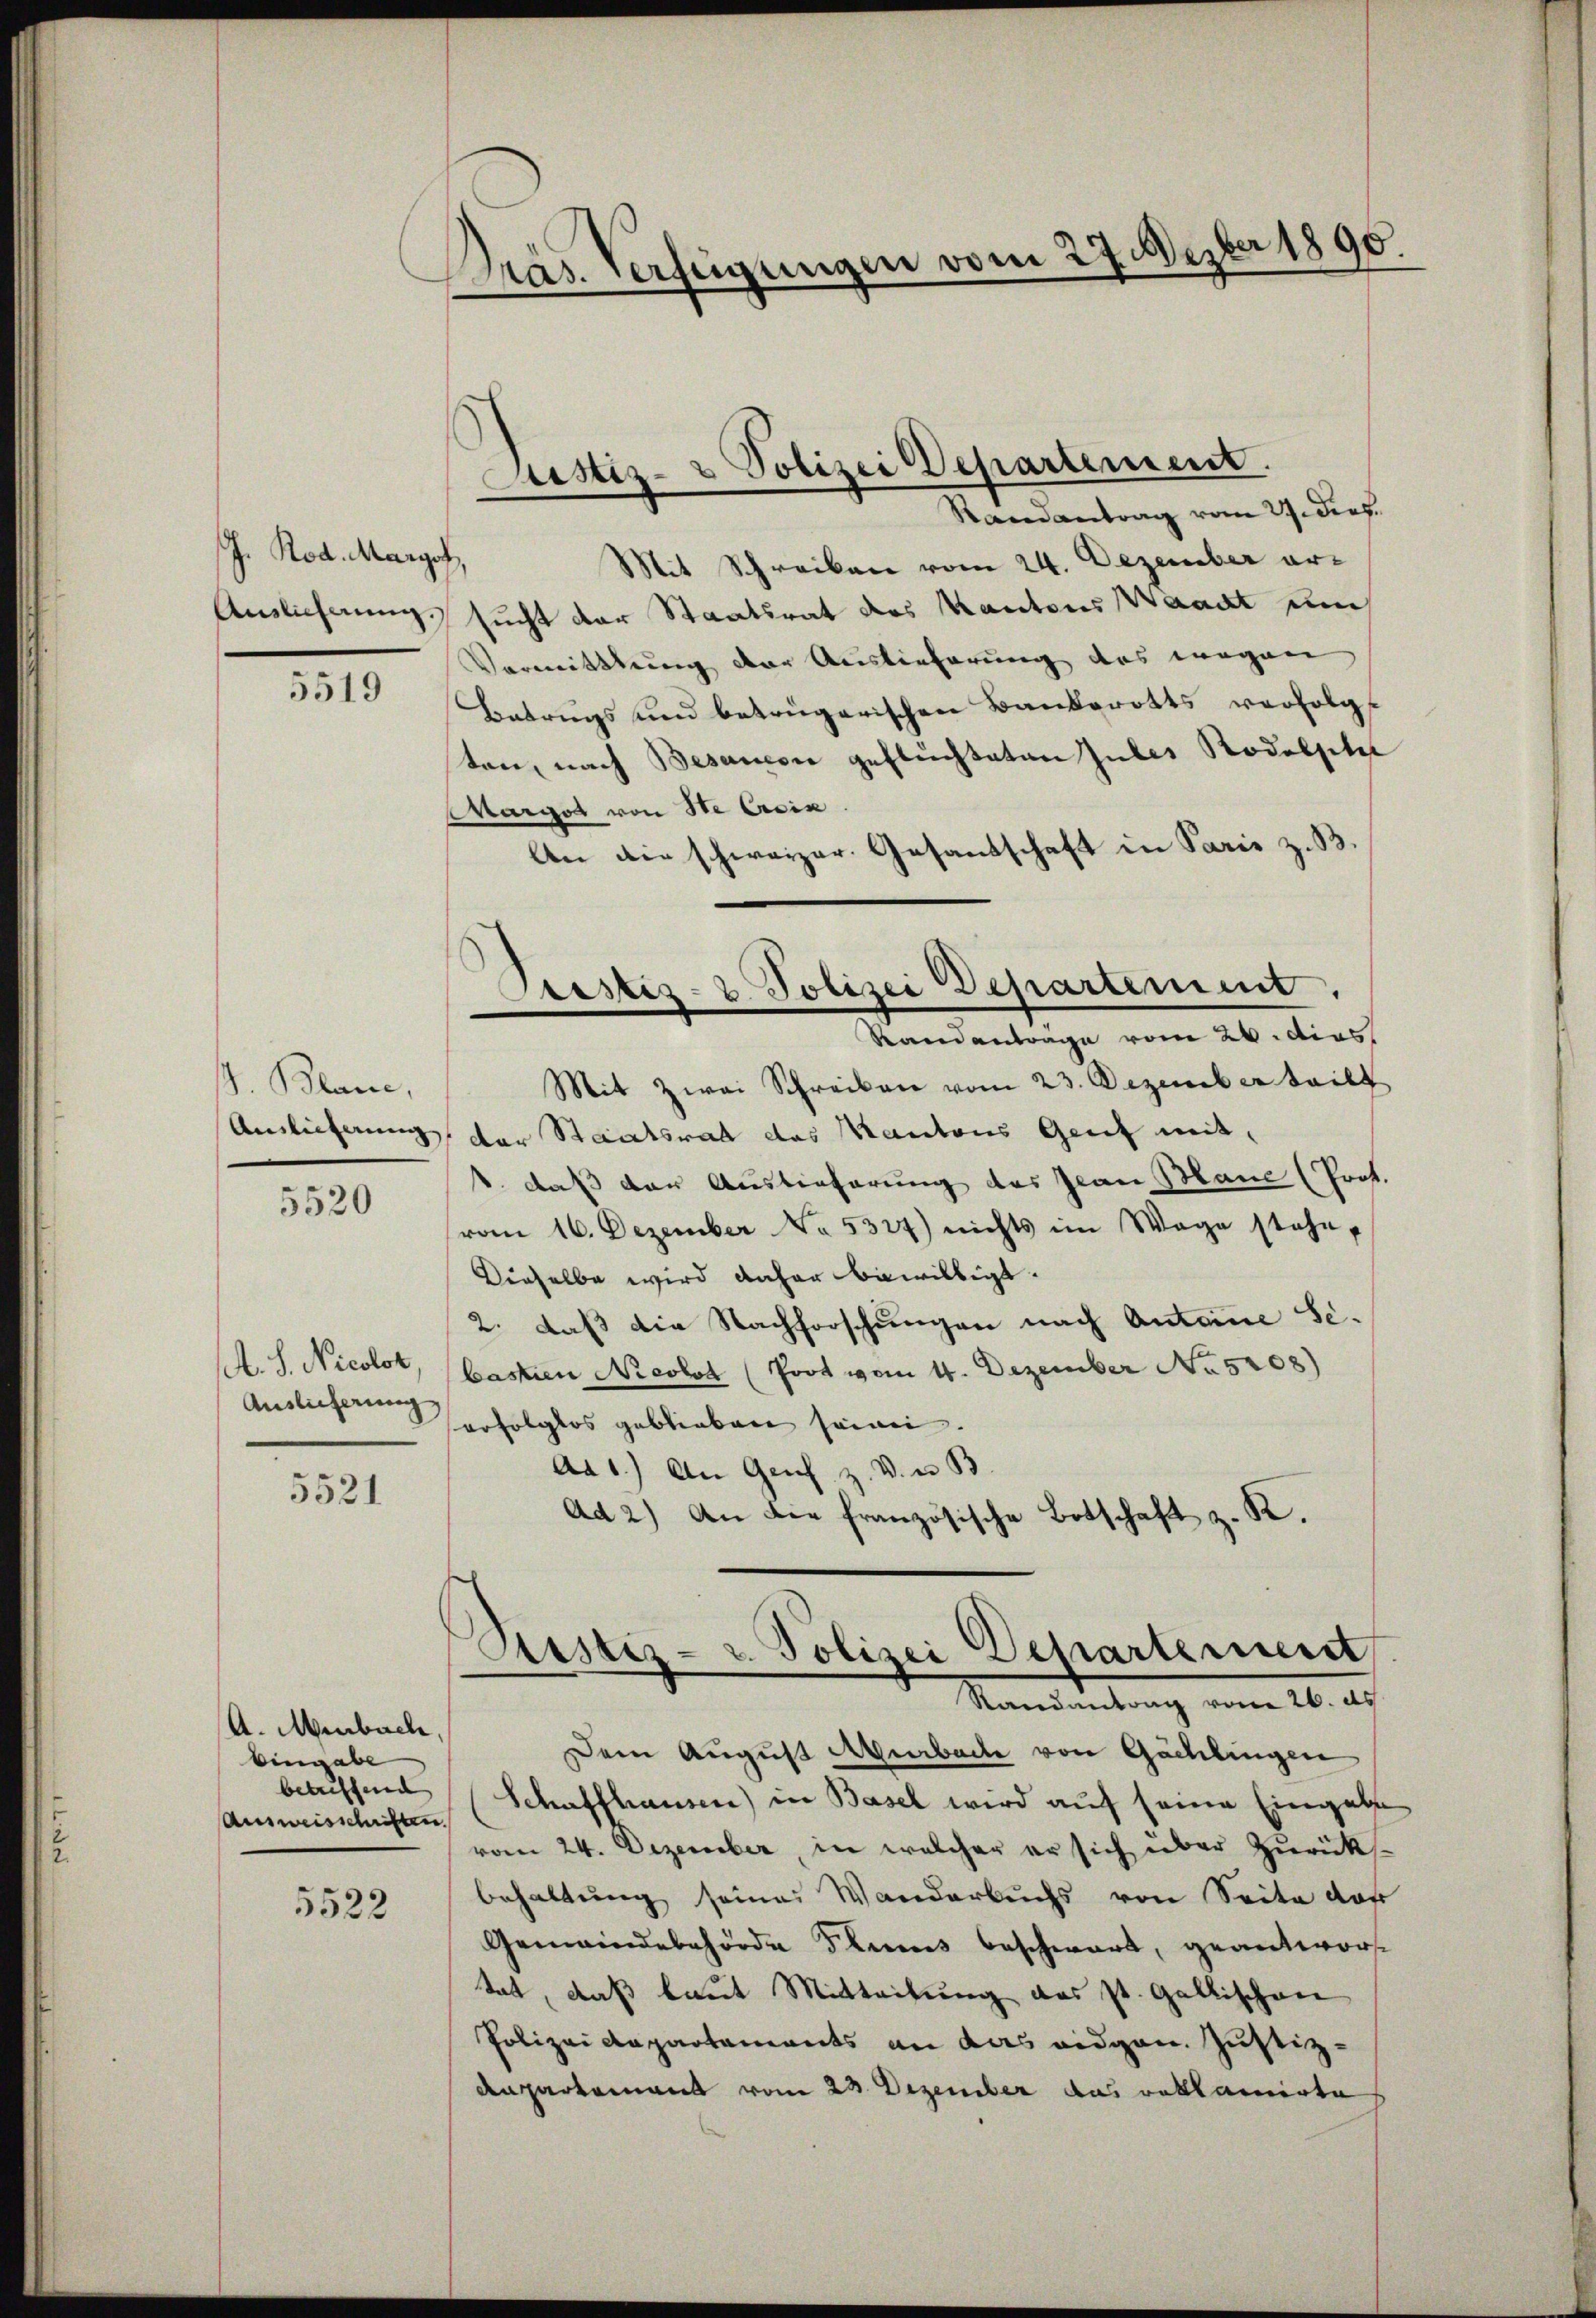
J. Rod. Margof,
Auslichnung.

5519

J. Blanc,
Auslieferung

5520

A. S. Nicolot
Auslicherung

5521

A. Ambach
Eingabe
betreffend |
Ausweisschriften.

5522

Präs. verfeigungen vom 27. Neuber 1890.
e

Justiz- & Polizei Departement.
Ramantrag vom 27. dies

Mit Schreiben vom 24. Dezember arsucht der Staatsrat des Kantons Waadt um
Vormittlung der Auslieferung des wegen
Betrugs und betrügerischen Bankerotts verfolg
ten, nach Besanen geflüchteten Jules Rodolstel
Wargot von Ste Casin
An die schweizer. Gesandschaft in Paris z. B.
Siestes- u. Polizei Departement.
—
Ramantrage vom 26. dies
Mit Zwei Schreiben vom 23. Dezember teilt
der Staatsrat das Kantons Genf mit,
1. daß der Auslieferung des Jean Mane (Prot.
vom 16. Dezember No. 5327) nichts im Wege stehe,
Dieselbe wird daher bewilligt.
2. daß die Nachforschungen nach Antoine Se.
bastien Nieobot (Poot vom 1. Dezember No 5208)
erfolglos geblieben seinen.
Ad 1.) An Genf z. V. u. B
ad 2.) An die französische Botschaft z. K.

Restiz- u. Polizei Departement
Randantrag von 26. ds

Dem August Überbache von Göchlingen
Schaffhausen) in Basel wird auf seine Eingabe
vom 24. Dezember, in welcher er sich über Zurücksbehaltung seiner Wanderbuchs von Seite das
Gemeindebehörde Fleis beschwart, geantwort
tat, daß laut Mitteilung das st. Gallischen
Polizei Repartements an das eidgen. Justiz-
Anpartement vom 23. Dezember das reklamirte